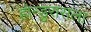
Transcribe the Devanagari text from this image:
होन्डुरासला